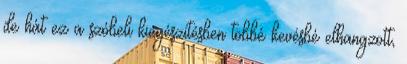
de hát ez a szóbeli kiegészítésben többé kevésbé elhangzott,